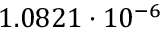
1 . 0 8 2 1 \cdot 1 0 ^ { - 6 }